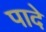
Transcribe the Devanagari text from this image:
पादे